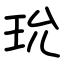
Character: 玧